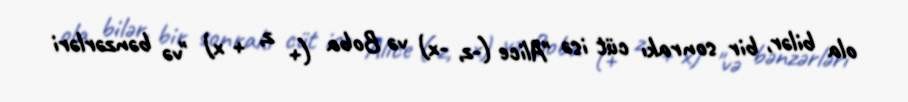
ola bilər, bir sonrakı cüt isə "Alice (-z, -x) və Boba (+ z, + x) "və bənzərləri